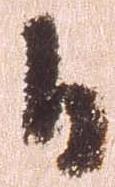
日